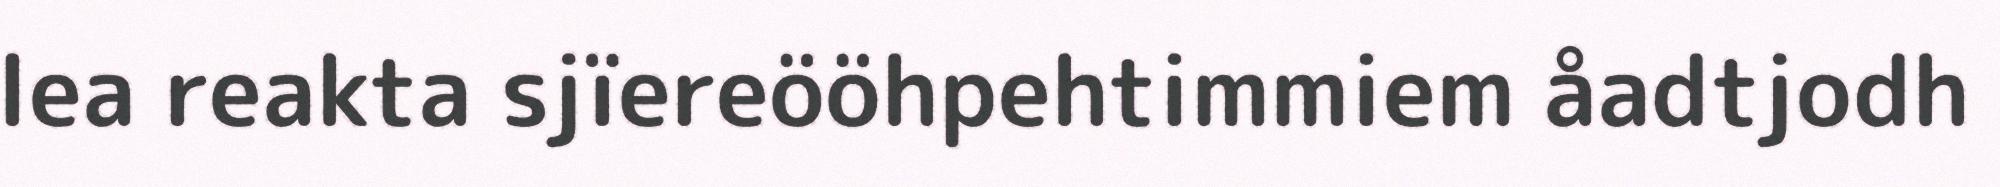
lea reakta sjïereööhpehtimmiem åadtjodh